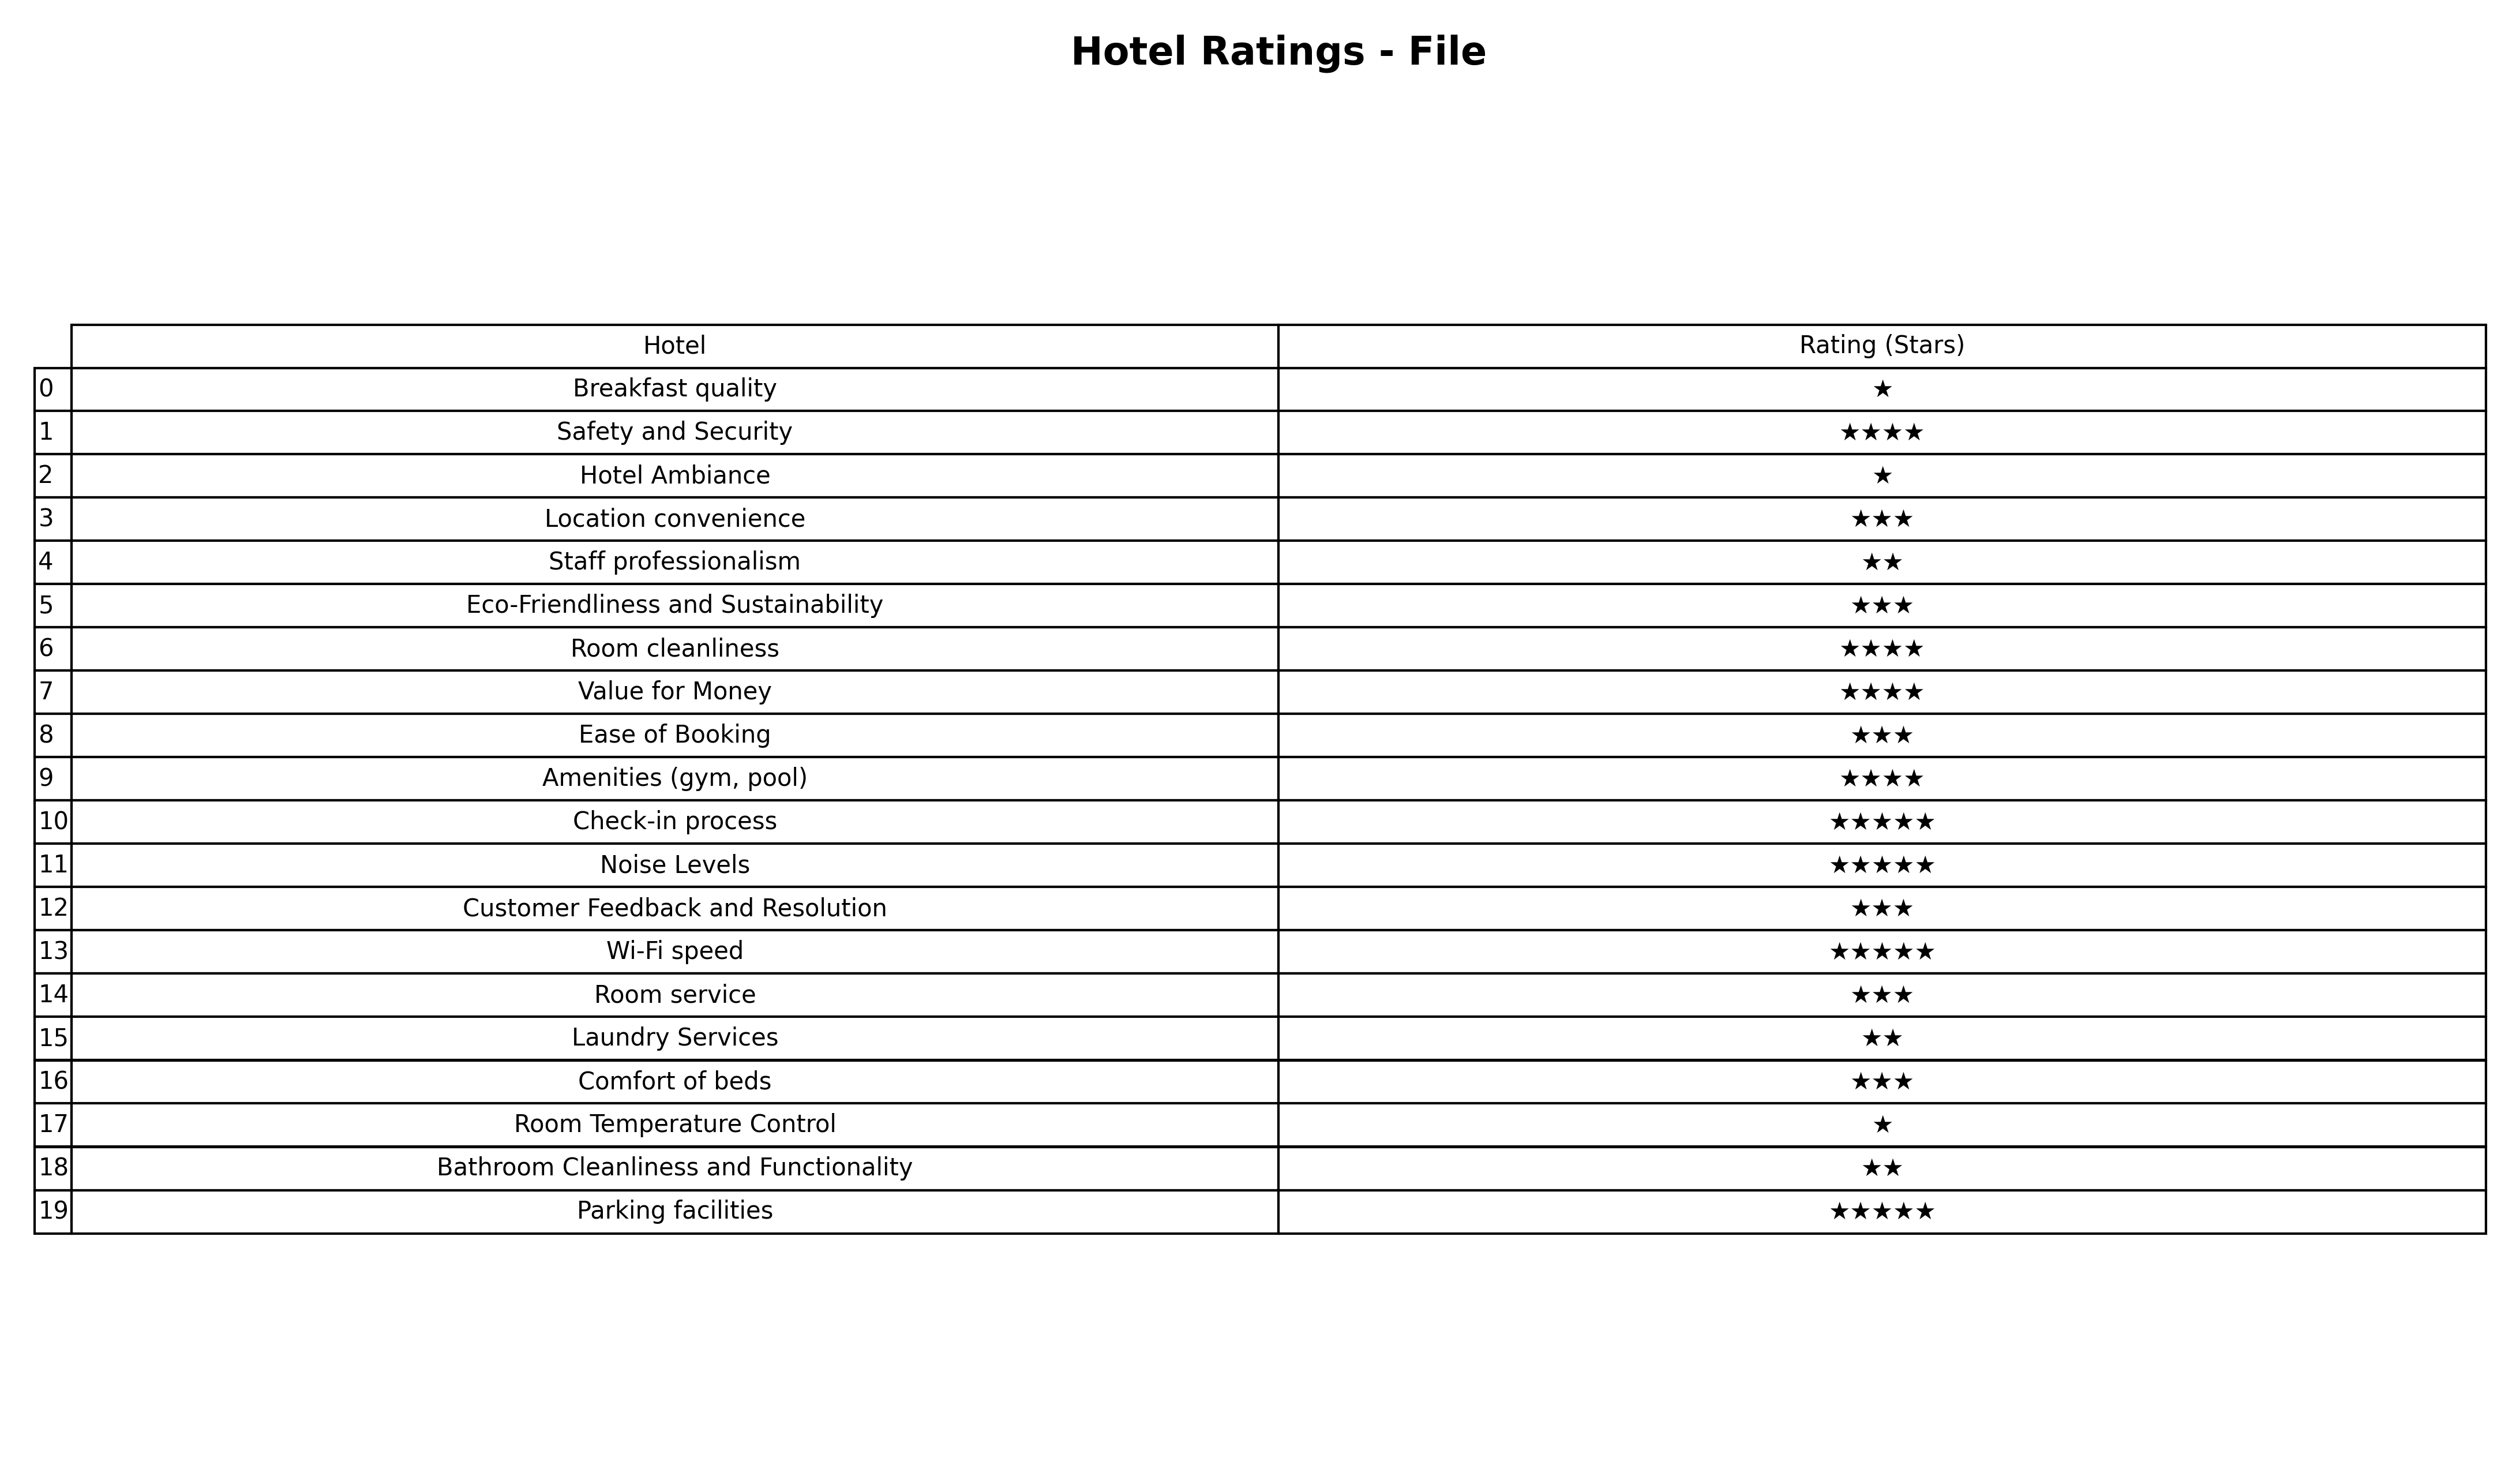
question: What are five star services?
answer: Check-in processNoise LevelsWi-Fi speedParking facilities